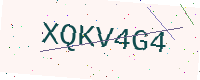
Text: XQKV4G4